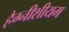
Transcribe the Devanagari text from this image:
हैग्नीशीयम